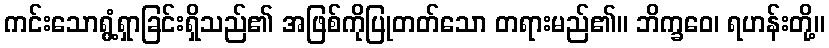
ကင်းသောရွံ့ရှာခြင်းရှိသည်၏ အဖြစ်ကိုပြုတတ်သော တရားမည်၏။ ဘိက္ခဝေ၊ ရဟန်းတို့။